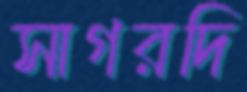
সাগরদি